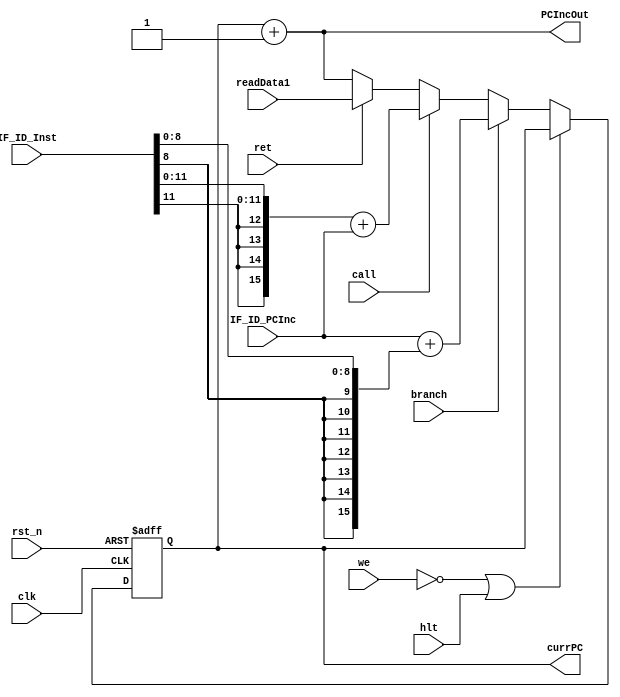
module PC(clk, rst_n, we, hlt, branch, call, ret, IF_ID_PCInc, IF_ID_Inst, readData1, currPC, PCIncOut);

	input clk, rst_n, we, hlt, branch, call, ret;
	input [15:0] IF_ID_PCInc, IF_ID_Inst, readData1;
	output reg [15:0] currPC;
	output [15:0] PCIncOut;

	wire branchPC, callPC, nextPC;
	assign PCIncOut = currPC + 1;

	always @ (posedge clk, negedge rst_n) begin
		if(!rst_n)
			currPC <= 0;
		else if(!we || hlt)
			currPC <= currPC;
		else if (branch)
			currPC <= (IF_ID_PCInc + {{7{IF_ID_Inst[8]}}, IF_ID_Inst[8:0]});
		else if (call) 
			currPC <= ({{4{IF_ID_Inst[11]}}, IF_ID_Inst[11:0]} + IF_ID_PCInc);
		else if (ret)
			currPC <= readData1;
		else
			currPC <= PCIncOut;
	end  
endmodule